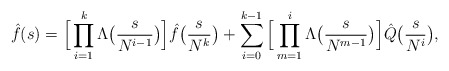
\begin{align*}\hat{f} (s) = \Big[\prod_{i=1}^k \Lambda \big(\frac{s}{N^{i-1}}\big)\Big] \hat{f}\big(\frac{s}{N^k}\big)+ \sum_{i=0}^{k-1} \Big[\prod_{m=1}^i\Lambda \big(\frac{s}{N^{m-1}}\big)\Big] \hat{Q}\big(\frac{s}{N^i}\big),\end{align*}